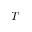
T